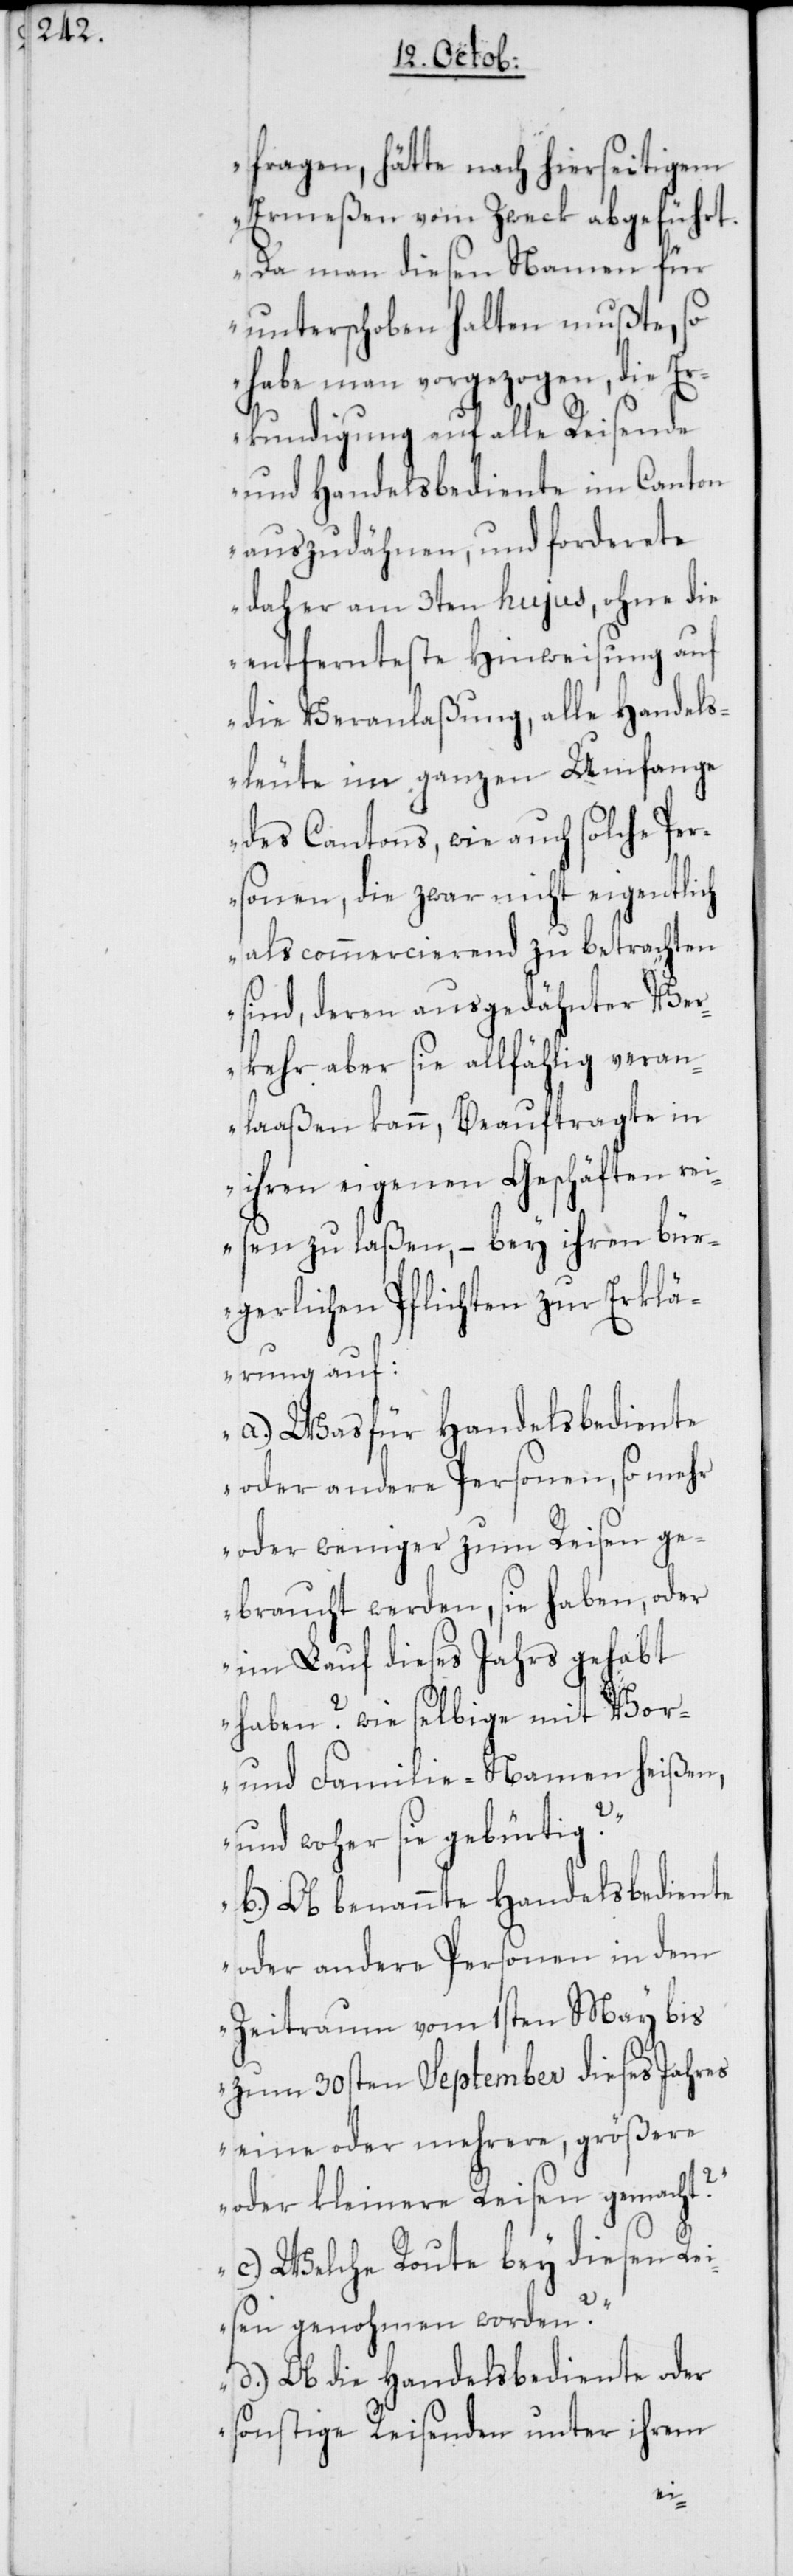
fragen, hätte nach hierseitigem
Ermeßen vom Zweck abgeführt.
Da man diesen Namen für
unterschoben halten mußte, so
habe man vorgezogen, die Er¬
kundigung auf alle Reisende
und Handelsbediente im Canton
auszudähnen, und forderete
daher am 3ten hujus, ohne die
entfernteste Hinweisung auf
die Veranlaßung, alle Handels¬
leute im ganzen Umfange
des Cantons, wie auch solche Per¬
sonen, die zwar nicht eigentlich
als commercierend zu betrachten
sind, deren ausgedähnter Ver¬
kehr aber sie allfählig veran¬
laaßen kann, Beauftragte in
ihren eigenen Geschäften rei¬
sen zu laßen, – bey ihren bür¬
gerlichen Pflichten zur Erklä¬
rung auf:
a.) Was für Handelsbediente
oder andere Personen, so mehr
oder weniger zum Reisen ge¬
braucht werden, sie haben, oder
im Lauf dieses Jahrs gehabt
und Familie-Namen heißen,
und woher sie gebürtig?
b.) Ob benannte Handelsbediente
oder andere Personen in dem
Zeitraum vom 1sten May bis
zum 30sten September dieses Jahres
eine oder mehrere, größere
oder kleinere Reisen gemacht?
c.) Welche Route bey diesen Re¬
isen genohmen worden?
d.) Ob die Handelsbediente oder
sonstige Reisenden unter ihrem